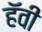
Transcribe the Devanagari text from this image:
हॅवी